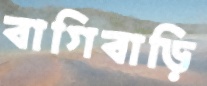
বাগিবাড়ি